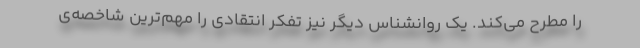
را مطرح می‌کند. یک روانشناس دیگر نیز تفکر انتقادی را مهم‌ترین شاخصه‌ی